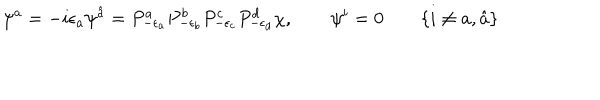
\psi ^ { a } = - i \epsilon _ { a } \psi ^ { \hat { a } } = P _ { - \epsilon _ { a } } ^ { a } P _ { - \epsilon _ { b } } ^ { b } P _ { - \epsilon _ { c } } ^ { c } P _ { - \epsilon _ { d } } ^ { d } \chi , \qquad \psi ^ { i } = 0 \qquad \{ i \ne a , \hat { a } \}